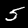
Digit: 5